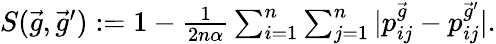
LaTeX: \begin{array}{r}{S(\vec{g},\vec{g}^{\prime}):=1-\frac{1}{2n\alpha}\sum_{i=1}^{n}\sum_{j=1}^{n}|p_{ij}^{\vec{g}}-p_{ij}^{\vec{g}^{\prime}}|.}\end{array}